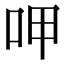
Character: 呷